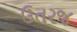
ઉતરજ